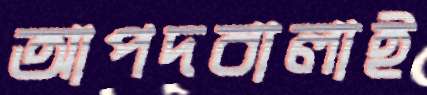
আপদবালাই